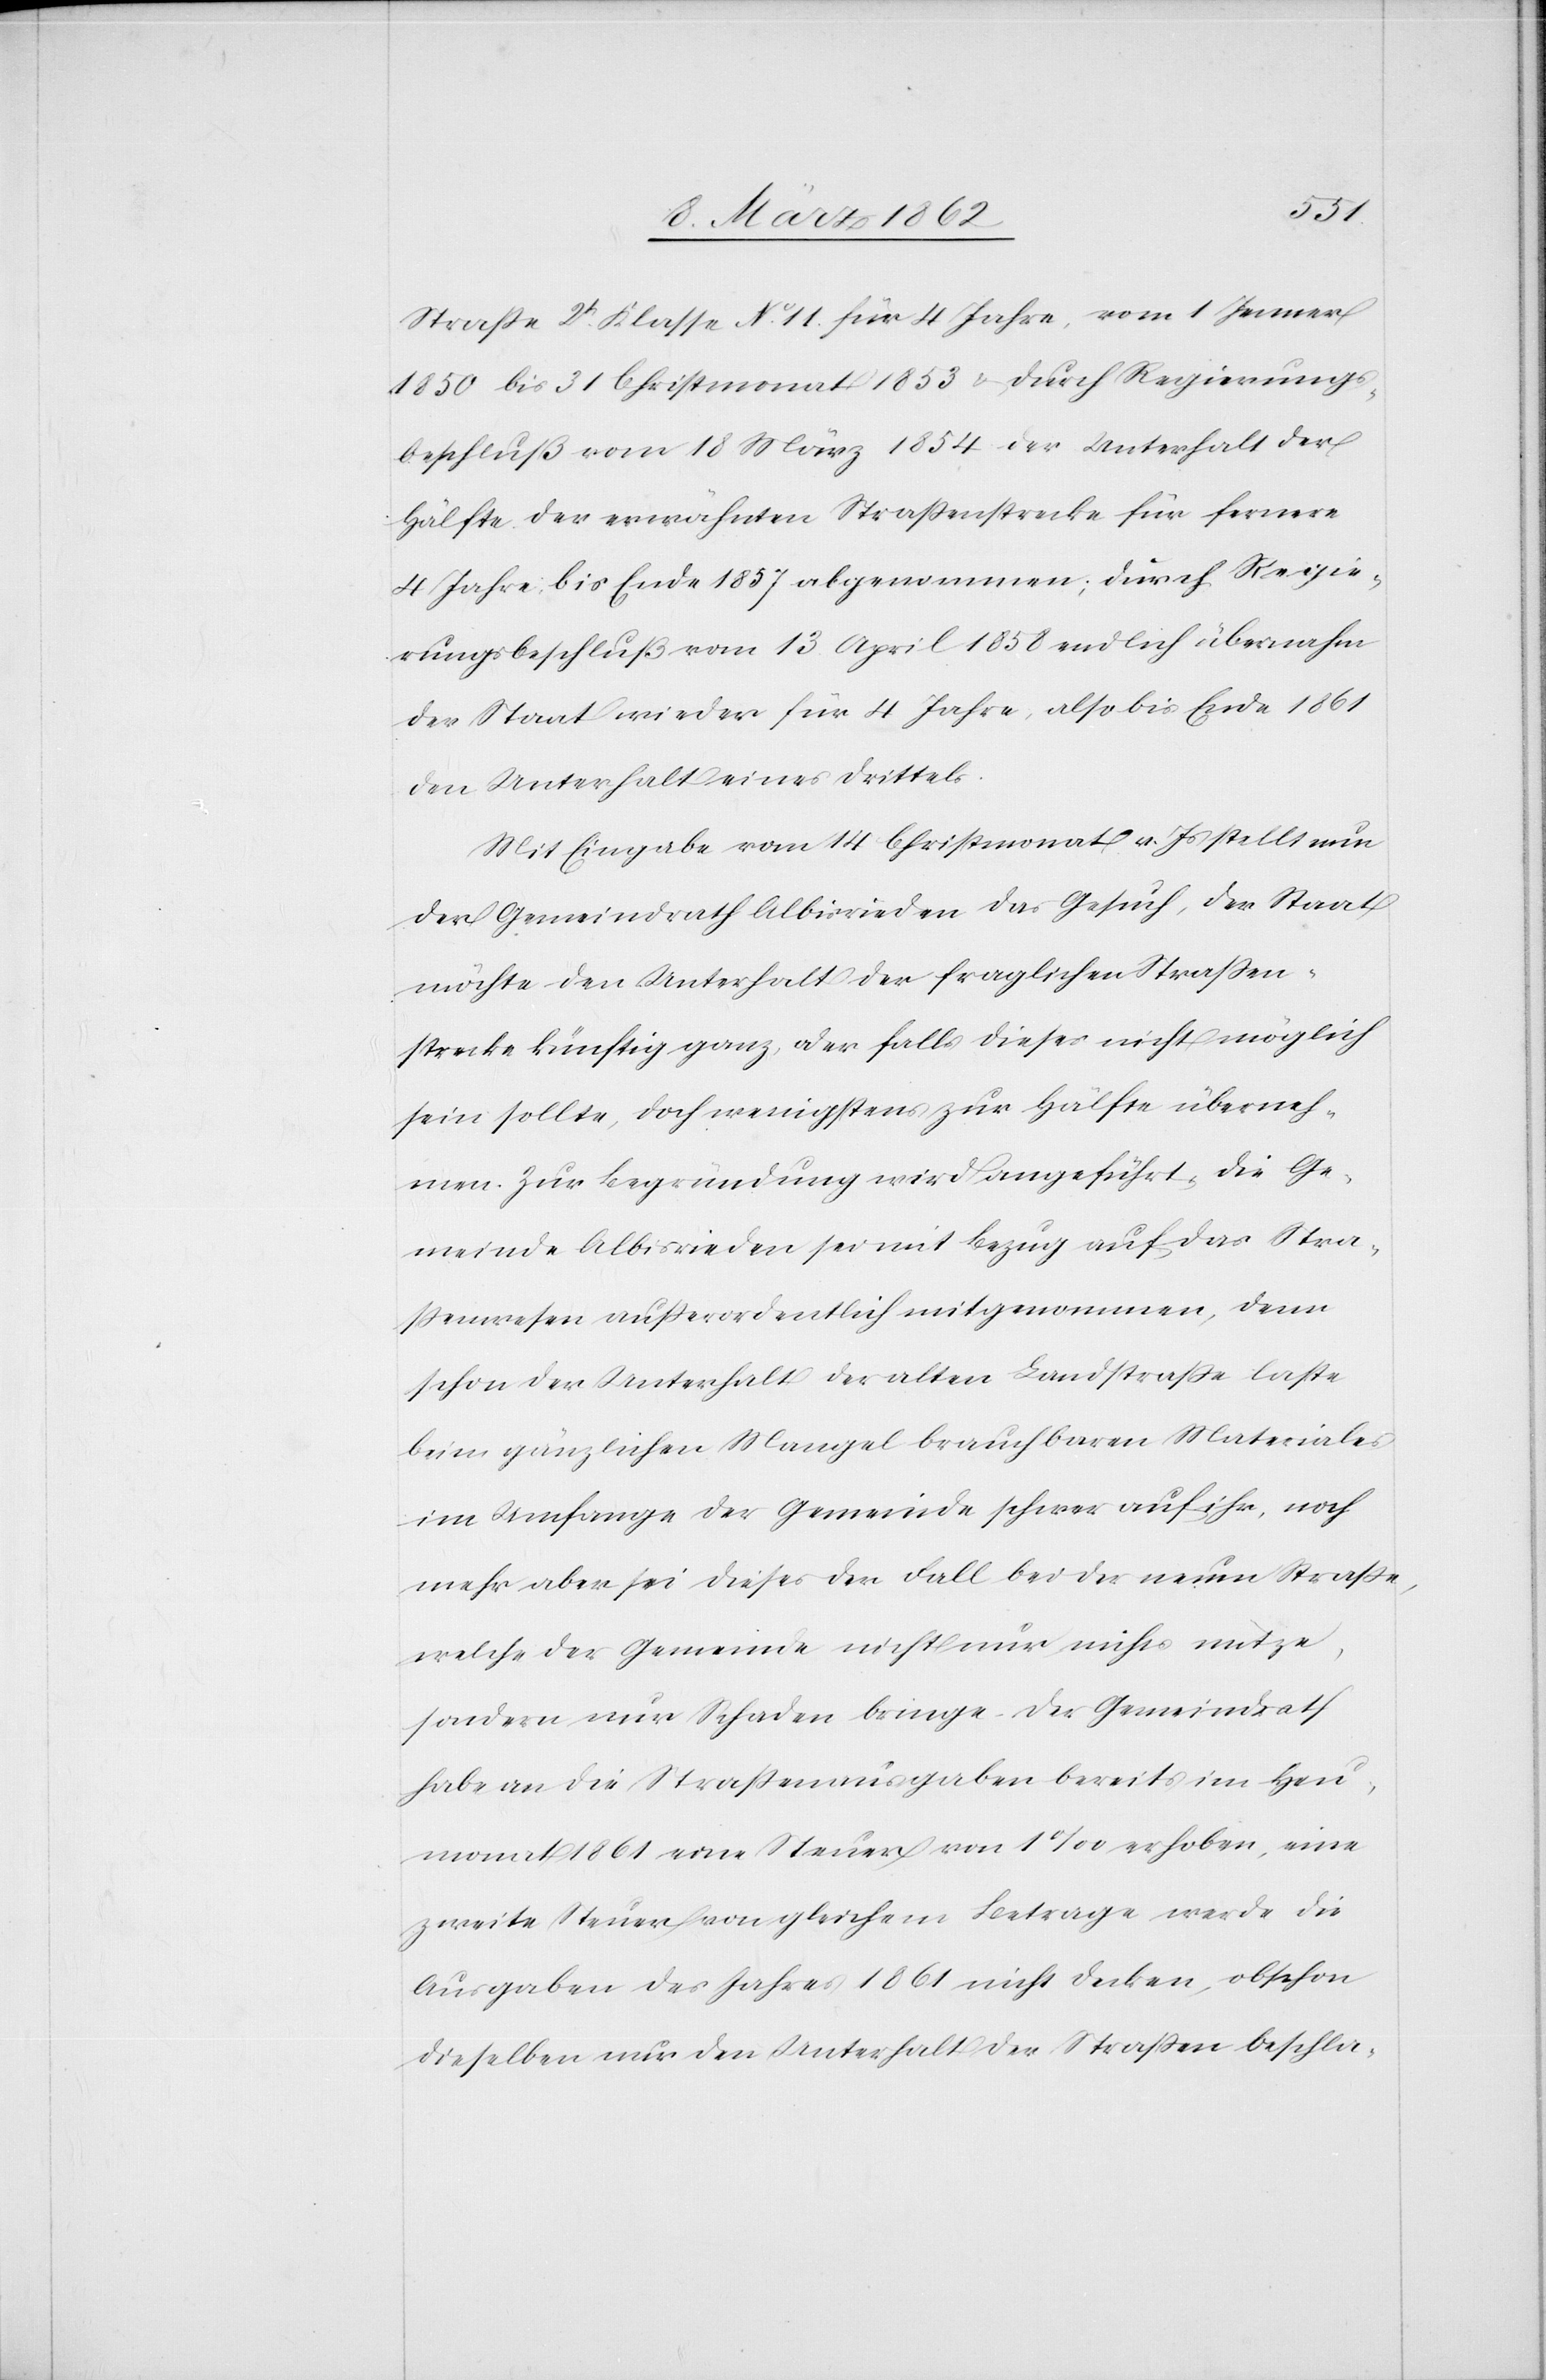
Straße 2t. Klasse No. 11. für 4 Jahre, vom 1 Jenner
1850 bis 31. Christmonat 1853 u. durch Regierungs¬
beschluß vom 18 März 1854 der Unterhalt der
Hälfte der erwähnten Straßenstrecke für fernere
4 Jahre bis Ende 1857 abgenommen; durch Regie¬
rungsbeschluß vom 13. April 1858 endlich übernahm
der Staat wieder für 4 Jahre, also bis Ende 1861
den Unterhalt eines Drittels.
Mit Eingabe vom 14 Christmonat v. Js stellt nun
der Gemeindrath Albisrieden das Gesuch, der Staat
möchte den Unterhalt der fraglichen Straßen¬
strecke künftig ganz, oder falls dieses nicht möglich
sein sollte, doch wenigstens zur Hälfte überneh¬
men. Zur Begründung wird angeführt, die Ge¬
meinde Albisrieden sei mit Bezug auf das Stra¬
ßenwesen außerordentlich mitgenommen, denn
schon der Unterhalt der alten Landstraße laste
beim gänzlichen Mangel brauchbaren Materiales
im Umfange der Gemeinde schwer auf ihr, noch
mehr aber sei dieses der Fall bei der neuen Straße,
welche der Gemeinde nicht nur nichts nütze,
sondern nur Schaden bringe. Der Gemeindrath
habe an die Straßenausgaben bereits im Heu¬
monat 1861 eine Steuer von 1‰ erhoben, eine
zweite Steuer von gleichem Betrage werde die
Ausgaben des Jahres 1861 nicht decken, obschon
dieselben nur den Unterhalt der Straßen beschla-